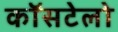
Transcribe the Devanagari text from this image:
कॉसटेलो